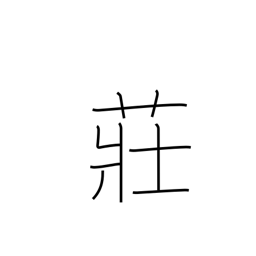
Meaning: broom